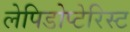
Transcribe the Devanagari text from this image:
लेपिडोप्टेरिस्ट